Report of the Hyderabad Chloroform Commission
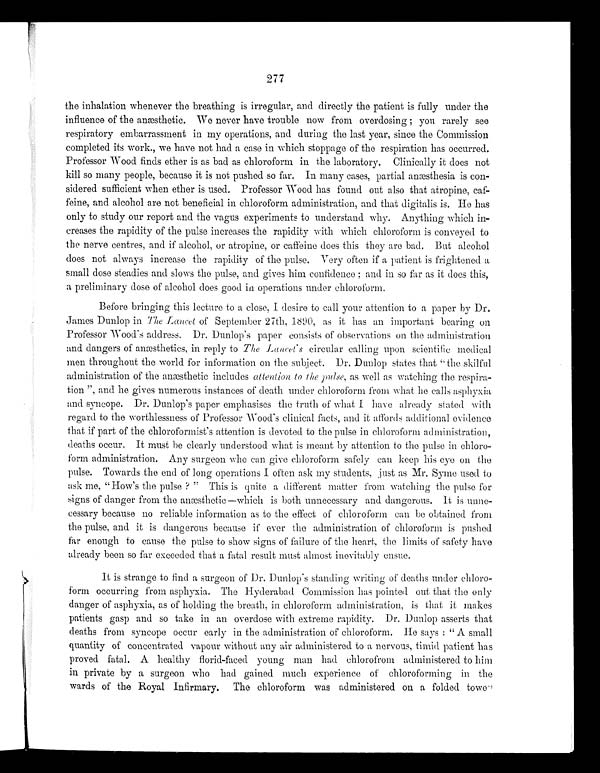
2 7 7
the inhalation whenever the breathing is irregular, and directly the patient is fully under the
influence of the anæsthetic. We never have trouble now from overdosing; you rarely see
respiratory embarrassment in my operations, and during the last year, since the Commission
completed its work., we have not had a case in which stoppage of the respiration has occurred.
Professor Wood finds ether is as bad as chloroform in the laboratory. Clinically it does not
kill so many people, because it is not pushed so far. In many cases, partial anæsthesia is con-
sidered sufficient when ether is used. Professor Wood has found out also that atropine, caf-
feine, and alcohol are not beneficial in chloroform administration, and that digitalis is. He has
only to study our report and the vagus experiments to understand why. Anything which in-
creases the rapidity of the pulse increases the rapidity with which chloroform is conveyed to
the nerve centres, and if alcohol, or atropine, or caffeine does this they are bad. But alcohol
does not always increase the rapidity of the pulse. Very often if a patient is frightened a
small dose steadies and slows the pulse, and gives him confidence; and in so far as it does this,
a preliminary close of alcohol does good in operations under chloroform.
Before bringing this lecture to a close, I desire to call your attention to a paper by Dr.
James Dunlop in The Lancet of September 27th, 1890, as it has an important bearing on
Professor Wood's address. Dr. Dunlop's paper consists of observations on the administration
and dangers of anæsthetics, in reply to The Lancet's circular calling upon scientific medical
men throughout the world for information on the subject. Dr. Dunlop states that "the skilful
administration of the anæsthetic includes attention to the pulse, as well as watching the respira-
tion", and he gives numerous instances of death under chloroform from what he calls asphyxia
and syncope. Dr. Dunlop's paper emphasises the truth of what I have already stated with
regard to the worthlessness of Professor Wood's clinical facts, and it affords additional evidence
that if part of the chloroformist's attention is devoted to the pulse in chloroform administration,
deaths occur. It must be clearly understood what is meant by attention to the pulse in chloro-
form administration. Any surgeon who can give chloroform safely can keep his eye on the
pulse. Towards the end of long operations I often ask my students, just as Mr. Syme used to
ask me, "How's the pulse?" This is quite a different matter from watching the pulse for
signs of danger from the anæsthetic—which is both unnecessary and dangerous. It is unne-
cessary because no reliable information as to the effect of chloroform can be obtained from
the pulse, and it is dangerous because if ever the administration of chloroform is pushed
far enough to cause the pulse to show signs of failure of the heart, the limits of safety have
already been so far exceeded that a fatal result must almost inevitably ensue.
It is strange to find a surgeon of Dr. Dunlop's standing writing of deaths under chloro-
form occurring from asphyxia. The Hyderabad, Commission has pointed out that the only
danger of asphyxia, as of holding the breath, in chloroform administration, is that it makes
patients gasp and so take in an overdose with extreme rapidity. Dr. Dunlop asserts that
deaths from syncope occur early in the administration of chloroform. He says : "A small
quantity of concentrated vapour without any air administered to a nervous, timid patient has
proved fatal. A healthy florid-faced young man had chlorofrom administered to him
in private by a surgeon who had gained much experience of chloroforming in the
wards of the Royal Infirmary. The chloroform was administered on a folded towe"